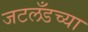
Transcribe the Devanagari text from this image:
जटलँडच्या